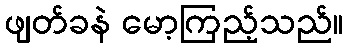
ဖျတ်ခနဲ မော့ကြည့်သည်။